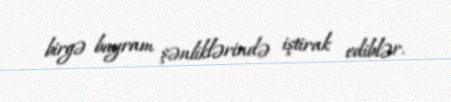
birgə bayram şənliklərində iştirak ediblər.